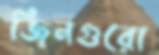
জিনগুরো